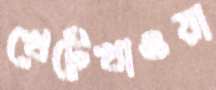
খেটেখাওয়া